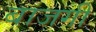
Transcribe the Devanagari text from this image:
बाजगी